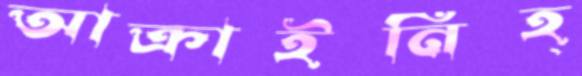
আক্রাইনিহ্